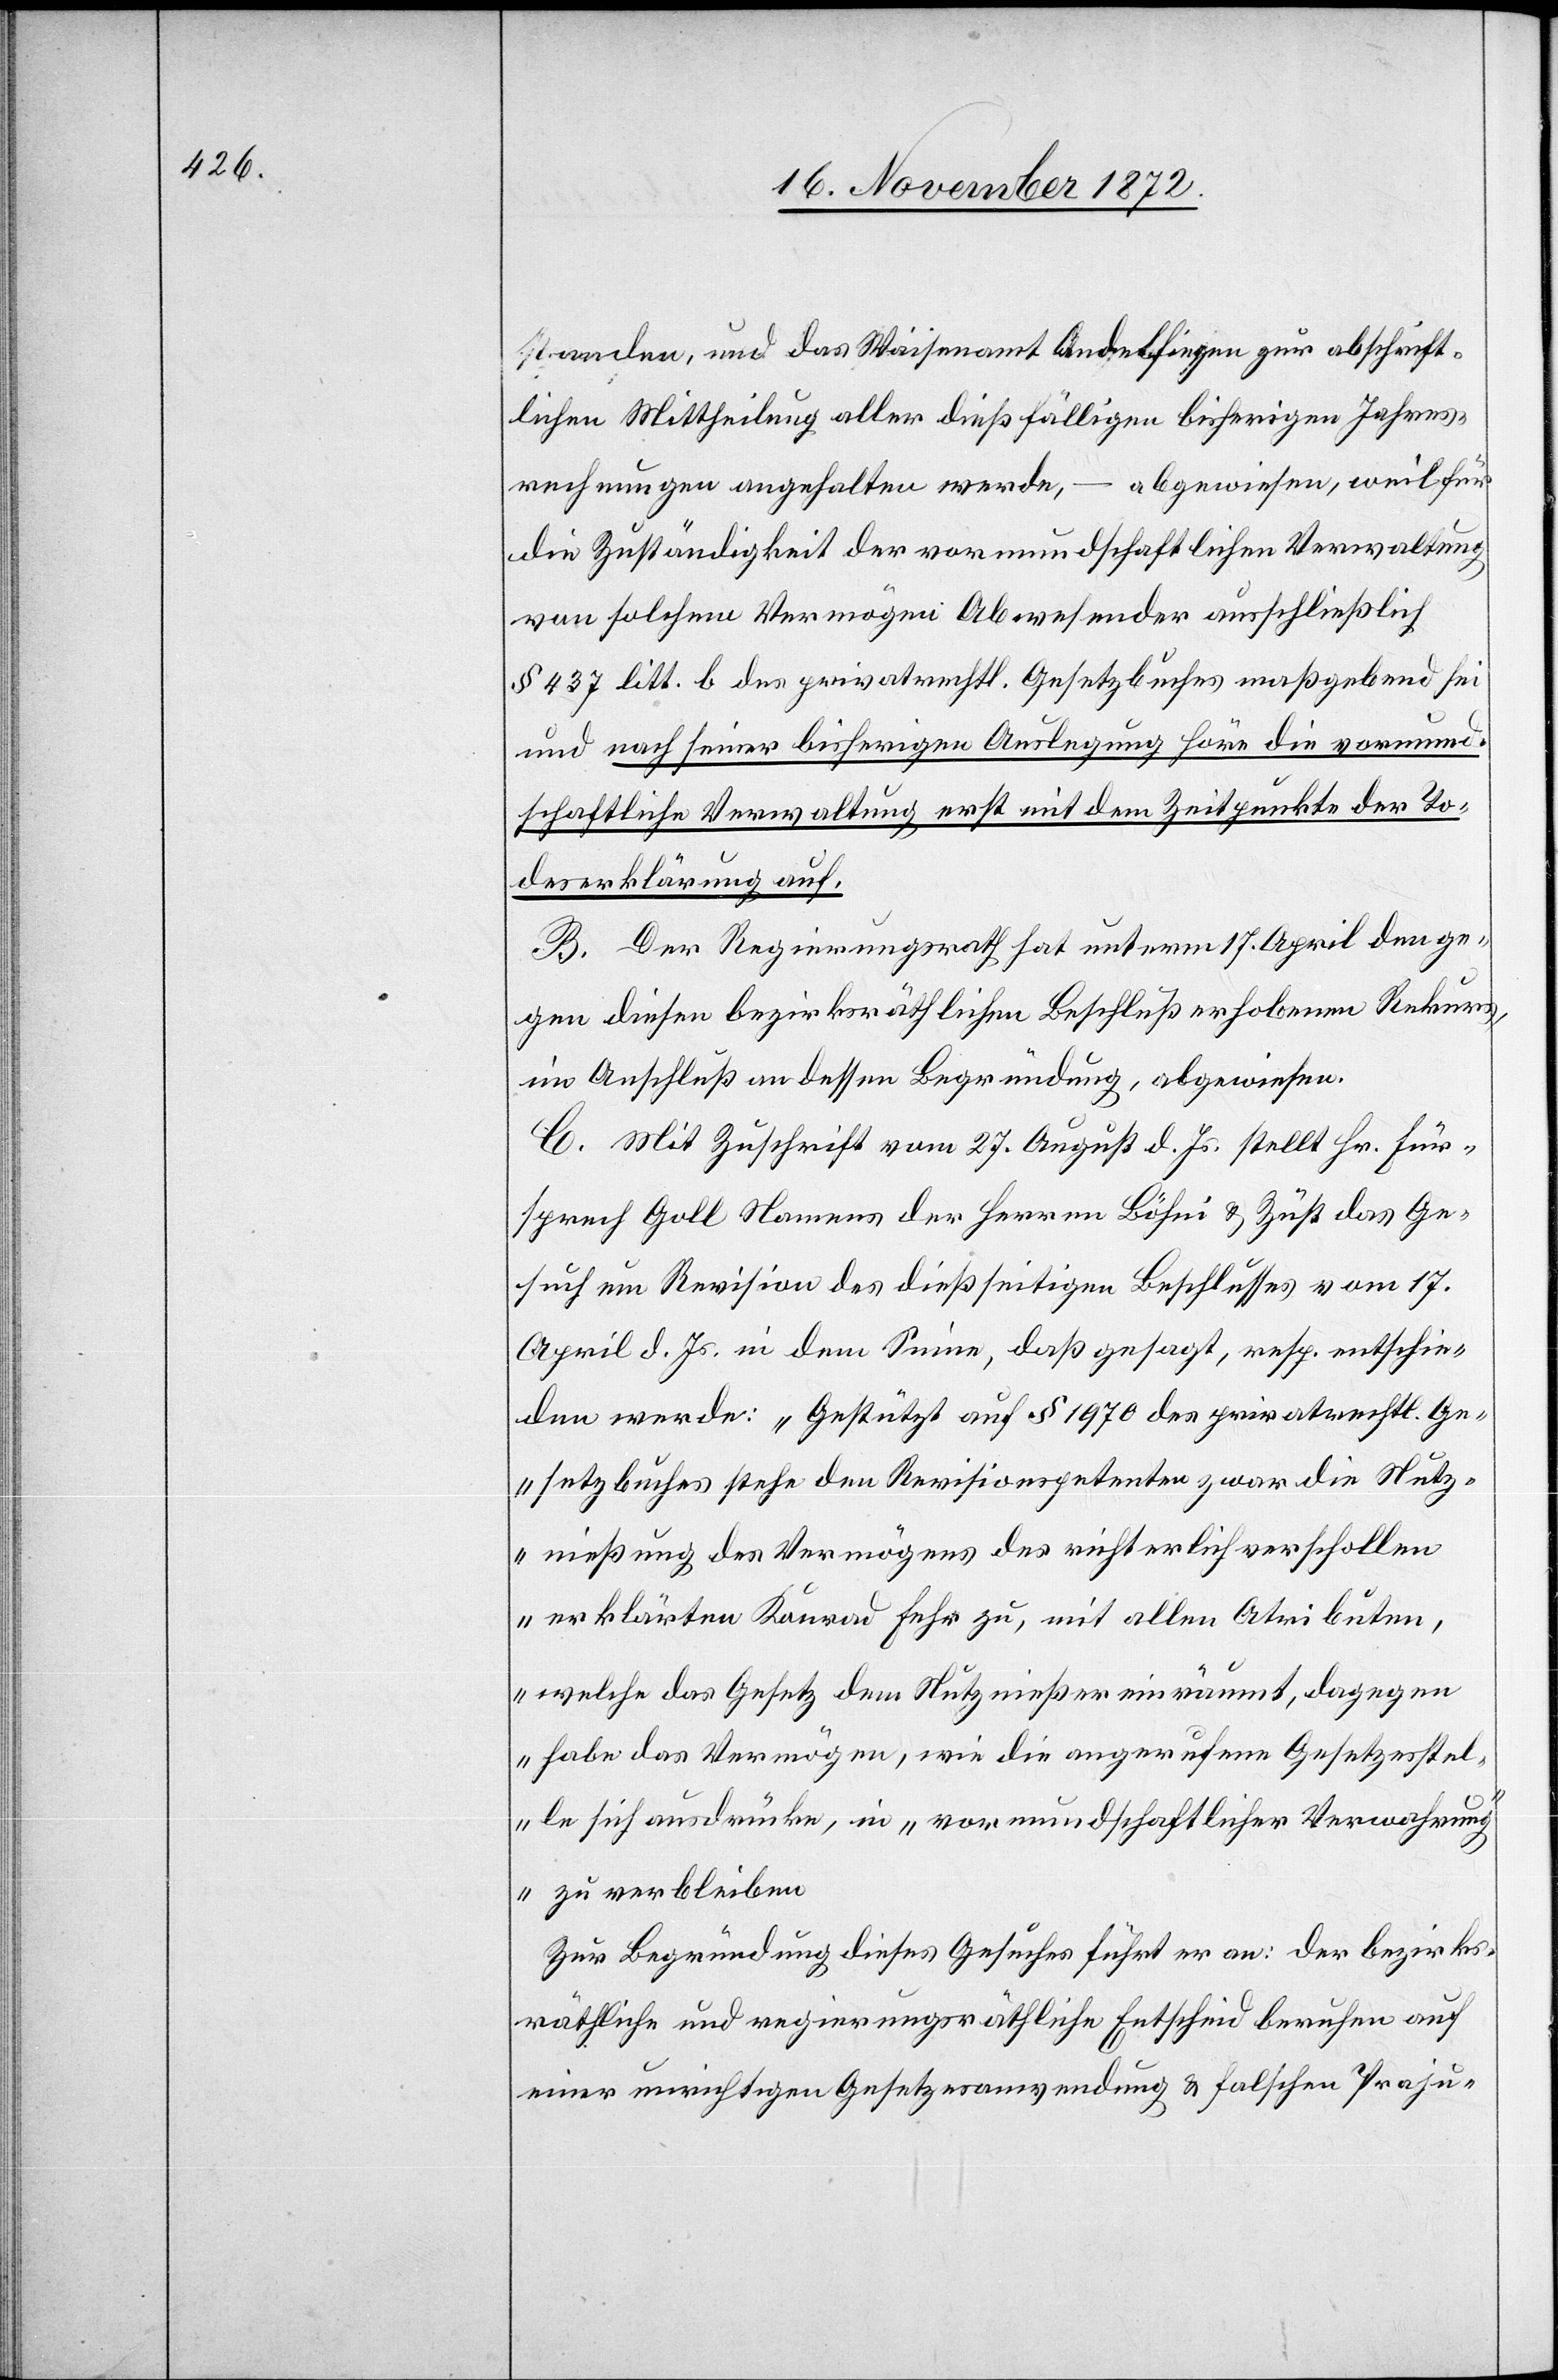
standen, und das Waisenamt Andelfingen zur abschrift¬
lichen Mittheilung aller dießfälligen bisherigen Jahres¬
abgewiesen, weil für
rechnungen angehalten werde,
die Zuständigkeit der vormundschaftlichen Verwaltung
von solchen Vermögen Abwesender ausschließlich
§ 437 litt. b des privatrechtl. Gesetzbuches maßgebend sei
und nach seiner bisherigen Auslegung höre die vormund¬
schaftliche Verwaltung erst mit dem Zeitpunkte der To¬
deserklärung auf.
B. Der Regierungsrath hat unterm 17. April den ge¬
gen diesen bezirksräthlichen Beschluß erhobenen Rekurs,
im Anschluß an dessen Begründung, abgewiesen.
C. Mit Zuschrift vom 27. August d. Js. stellt Hr. Für¬
sprech Goll Namens der Herren Böhni u. Züst das Ge¬
such um Revision des dießseitigen Beschlusses vom 17.
April d. Js. in dem Sinne, daß gesagt, resp. entschie¬
den werde: „Gestützt auf § 1970 des privatrechtl. Ge¬
setzbuches stehe den Revisionspetenten zwar die Nutz¬
nießung des Vermögens des richterlich verschollen
erklärter Konrad Fehr zu, mit allen Atributen
welche das Gesetz dem Nutznießer einräumt, dagegen
habe das Vermögen, wie die angerufene Gesetzesstel¬
le sich ausdrücke, in „vormundschaftlicher Verwahrun¬
g“ zu verbleiben[.]
Zur Begründung dieses Gesuches führt er an: der bezirks¬
räthliche und regierungsräthliche Entscheid beruhen
einer unrichtigen Gesetzesanwendung u. falschen Praju-